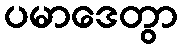
ပမာဒေတွာ